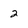
Character: 2